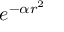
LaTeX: e ^ { - \alpha r ^ { 2 } }